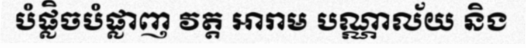
បំផ្លិចបំផ្លាញ វត្ត អារាម បណ្ណាល័យ និង